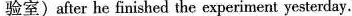
验室)after he finished the experiment yesterday.